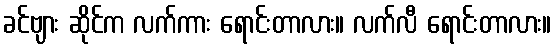
ခင်ဗျား ဆိုင်က လက်ကား ရောင်းတာလား။ လက်လီ ရောင်းတာလား။